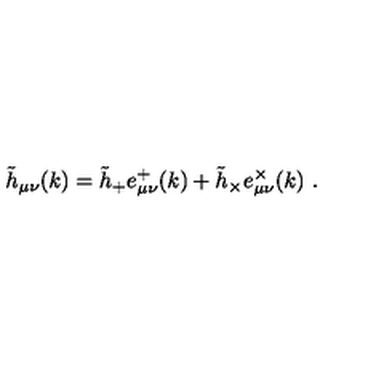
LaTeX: \tilde { h } _ { \mu \nu } ( k ) = \tilde { h } _ { + } e _ { \mu \nu } ^ { + } ( k ) + \tilde { h } _ { \times } e _ { \mu \nu } ^ { \times } ( k ) \ .